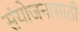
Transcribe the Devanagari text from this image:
संयोजनासाठी